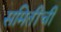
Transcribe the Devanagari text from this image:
समितींची